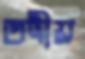
তদীয়